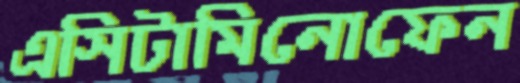
এসিটামিনোফেন